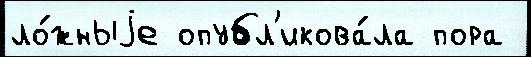
ло́жныjе опубл'икова́ла пора